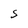
Character: S